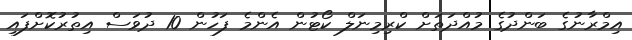
އިމްރާނުގެ ބަންދުގެ މުއްދަތަށް ކްރިމިނަލް ކޯޓުން އެންމެ ފަހުން 10 ދުވަސް އިތުރުކޮށްފައި